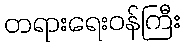
တရားရေးဝန်ကြီး